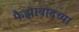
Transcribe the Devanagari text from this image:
फैझाबादच्या